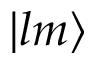
| l m \rangle